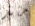
منذ